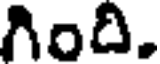
గింది.